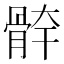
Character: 𩩃